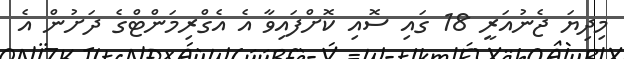
މިދިޔަ ޖެނުއަރީ 18 ގައި ސޮއި ކޮށްފައިވާ އެ އެގްރިމަންޓްގެ ދަށުން އެ